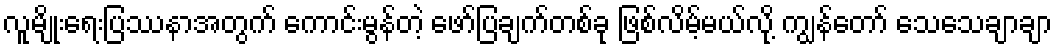
လူမျိုးရေးပြဿနာအတွက် ကောင်းမွန်တဲ့ ဖော်ပြချက်တစ်ခု ဖြစ်လိမ့်မယ်လို့ ကျွန်တော် သေသေချာချာ